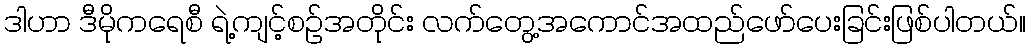
ဒါဟာ ဒီမိုကရေစီ ရဲ့ကျင့်စဉ်အတိုင်း လက်တွေ့အကောင်အထည်ဖော်ပေးခြင်းဖြစ်ပါတယ်။